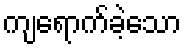
ကျရောက်ခဲ့သော